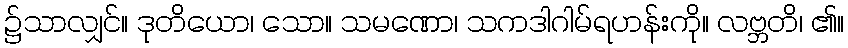
၌သာလျှင်။ ဒုတိယော၊ သော။ သမဏော၊ သကဒါဂါမ်ရဟန်းကို။ လဗ္ဘတိ၊ ၏။